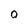
Character: 0